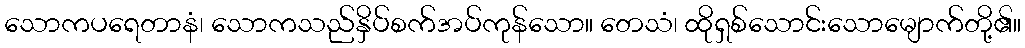
သောကပရေတာနံ၊ သောကသည်နှိပ်စက်အပ်ကုန်သော။ တေသံ၊ ထိုရှစ်သောင်းသောမျောက်တို့၏။